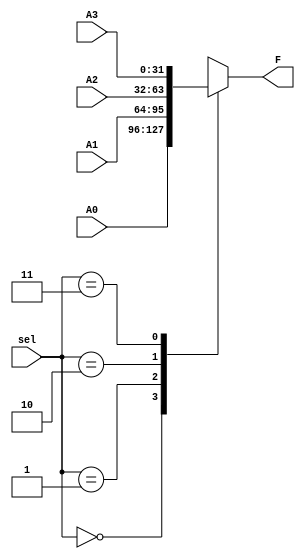
`timescale 1ns / 1ps


module MUX_4x1 (A0, A1, A2, A3, sel, F);

    parameter size = 32;

    input [size-1:0] A0, A1, A2, A3;
    output reg [size-1:0] F;
    input [1:0] sel;

    always @(*) begin
        case (sel)
            2'b00:
                F = A0;
            2'b01:
                F = A1;
            2'b10:
                F = A2;
            2'b11:
                F = A3;
        endcase
    end

endmodule